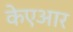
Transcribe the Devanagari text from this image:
केएआर